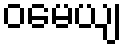
ဝမေယျ